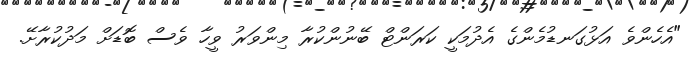
"އެހެންވެ އަޅުގަނޑުމެންގެ އެދުމަކީ ކަރަންޓް ބޭނުންކުރާ މިންވަރު ވީހާ ވެސް ބޮޑަށް މަދުކުރާށޭ.